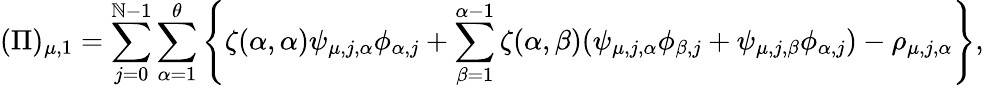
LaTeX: (\Pi)_{\mu,1}=\sum_{j=0}^{\mathbb{N}-1}\sum_{\alpha=1}^{\theta}\left\{ \zeta(\alpha,\alpha)\psi_{\mu,j,\alpha}\phi_{\alpha,j}+\sum_{\beta=1}^{\alpha-1}\zeta(\alpha,\beta)(\psi_{\mu,j,\alpha}\phi_{\beta,j}+\psi_{\mu,j,\beta}\phi_{\alpha,j})-\rho_{\mu,j,\alpha}\right\} ,